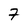
Character: 7